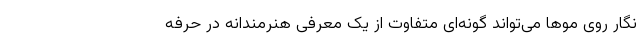
نگار روی مو‌ها می‌تواند گونه‌ای متفاوت از یک معرفی هنرمندانه در حرفه